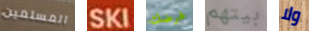
المسلمين SKI غرضك بيتهم ولا